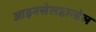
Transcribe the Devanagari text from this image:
आइनसेलहान्डेल